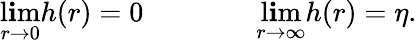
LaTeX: \operatorname*{l\mathbf{i}m}_{r\rightarrow0}h(r)=0\qquad\qquad\operatorname*{l\mathbf{i}m}_{r\rightarrow\infty}h(r)=\eta.